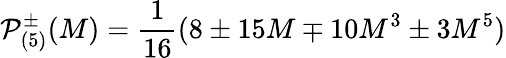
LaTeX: \mathcal{P}_{(5)}^{\pm}(M)=\frac{1}{16}(8\pm 15M\mp 10M^{3}\pm 3M^{5})